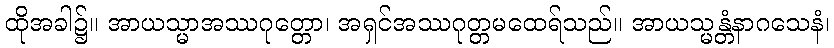
ထိုအခါ၌။ အာယသ္မာအဿဂုတ္တော၊ အရှင်အဿဂုတ္တမထေရ်သည်။ အာယသ္မန္တံနာဂသေနံ၊